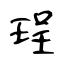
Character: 珵